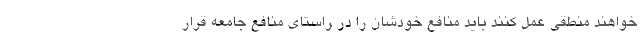
خواهند منطقی عمل کنند باید منافع خودشان را در راستای منافع جامعه قرار